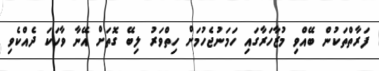
ފަރާތްތަކުން ބޭއްވި މުޒާހަރާގައި ހަމަނުޖެހުމަށް ހިތްވަރު ލިބޭ ގޮތަށް އޭނާ ވާހަކަ ދެއްކެވި